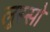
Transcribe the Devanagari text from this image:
लुस्सो